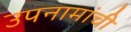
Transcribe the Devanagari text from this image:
उपनामांची